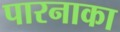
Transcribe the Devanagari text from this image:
पारनाका